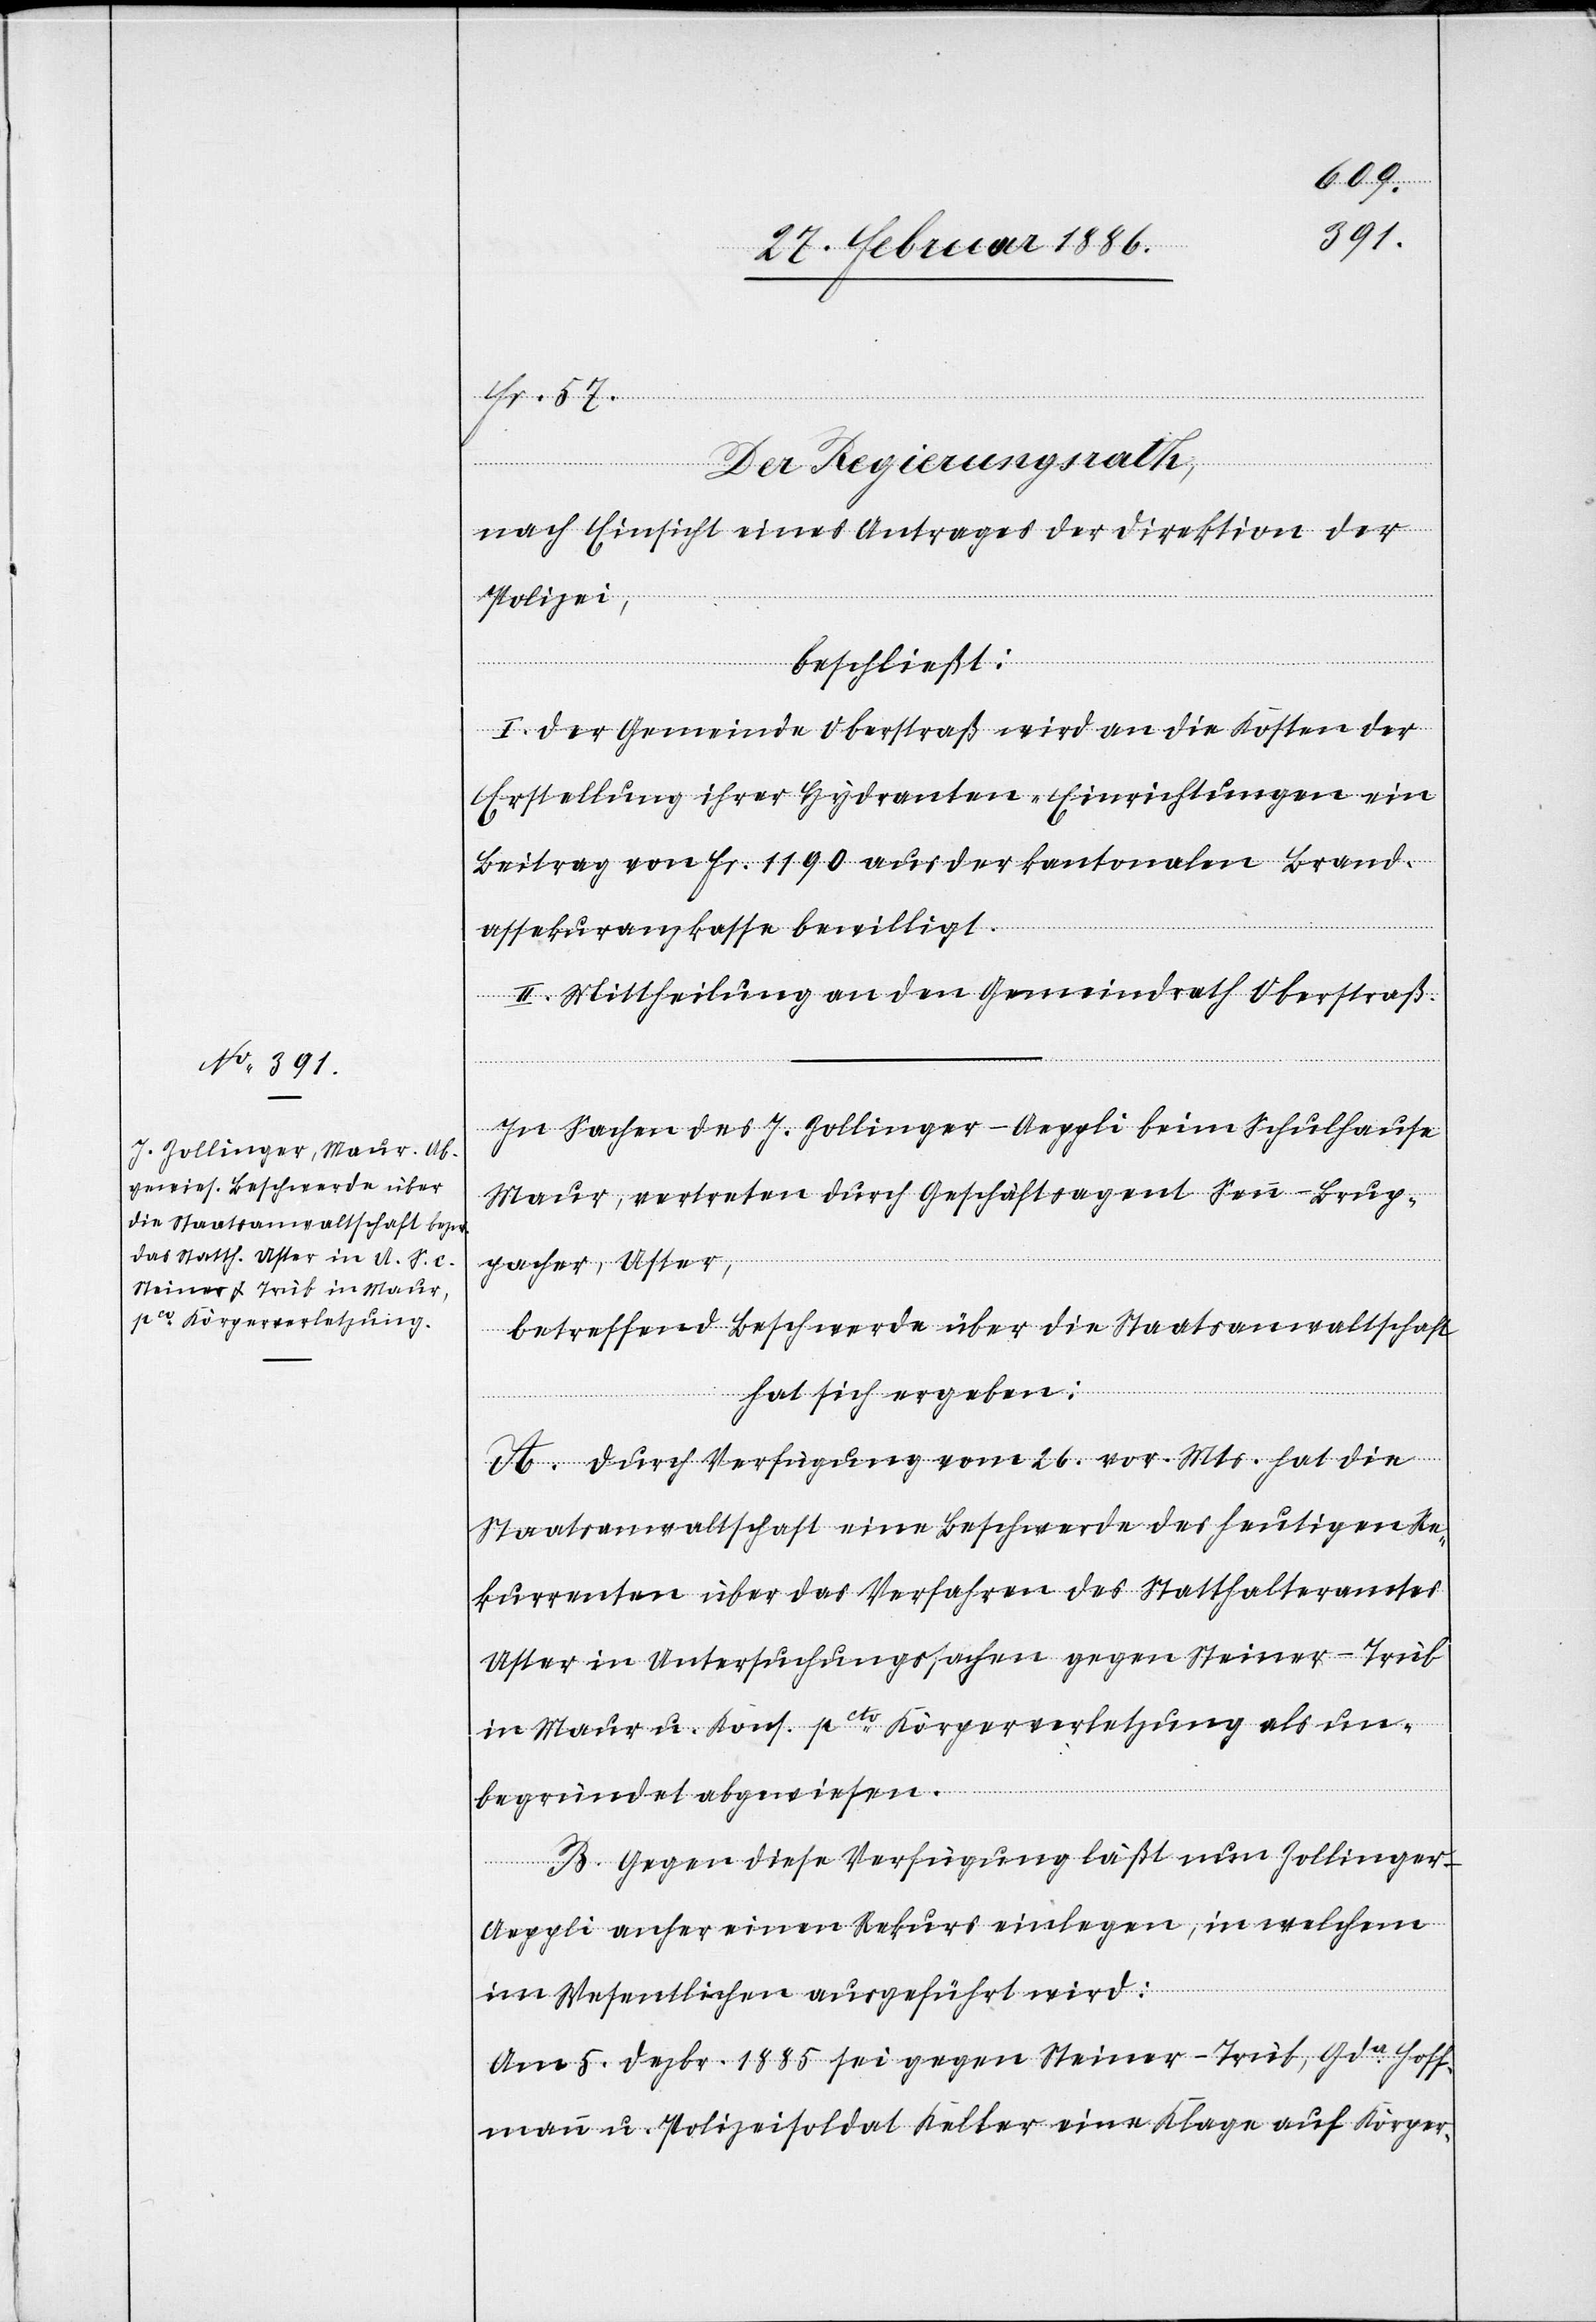
57.
Der Regierungsrath,
nach Einsicht eines Antrages der Direktion der
Polizei,
beschließt:
I. Der Gemeinde Oberstraß wird an die Kosten der
Erstellung ihrer Hydranten-Einrichtungen ein
Beitrag von Fr. 1190 aus der kantonalen Brand¬
Fr.
assekuranzkasse bewilligt.
II. Mittheilung an den Gemeindrath Oberstraß.
In Sachen des J. Zollinger-Aeppli beim Schulhause
Maur, vertreten durch Geschäftsagent Senn-Brup¬
pacher, Uster,
betreffend Beschwerde über die Staatsanwaltschaft
hat sich ergeben:
A. Durch Verfügung vom 26. vor. Mts. hat die
Staatsanwaltschaft eine Beschwerde des heutigen Re¬
kurrenten über das Verfahren des Statthalteramtes
Uster in Untersuchungssachen gegen Steiner-Trüb
in Maur u. Kons. pcto Körperverletzung als un¬
begründet abgewiesen.
B. Gegen diese Verfügung läßt nun Zollinger-A¬
eppli anher einen Rekurs einlegen, in welchem
im Wesentlichen ausgeführt wird:
Am 5. Dezbr. 1885 sei gegen Steiner-Trüb, Gda. Hoff¬
mann u. Polizeisoldat Keller eine Klage auf Körper-